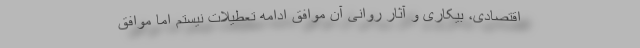
اقتصادی، بیکاری و آثار روانی آن موافق ادامه تعطیلات نیستم اما موافق